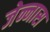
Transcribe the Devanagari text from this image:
जेन्नास